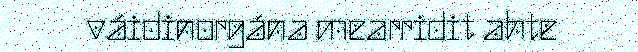
váidinorgána mearridit ahte